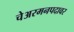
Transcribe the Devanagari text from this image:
चेअरमनपदावर